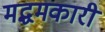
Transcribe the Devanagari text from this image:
मद्धमकारी